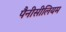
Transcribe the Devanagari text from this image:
पैनीसीलियम